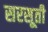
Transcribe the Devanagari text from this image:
सरसूती